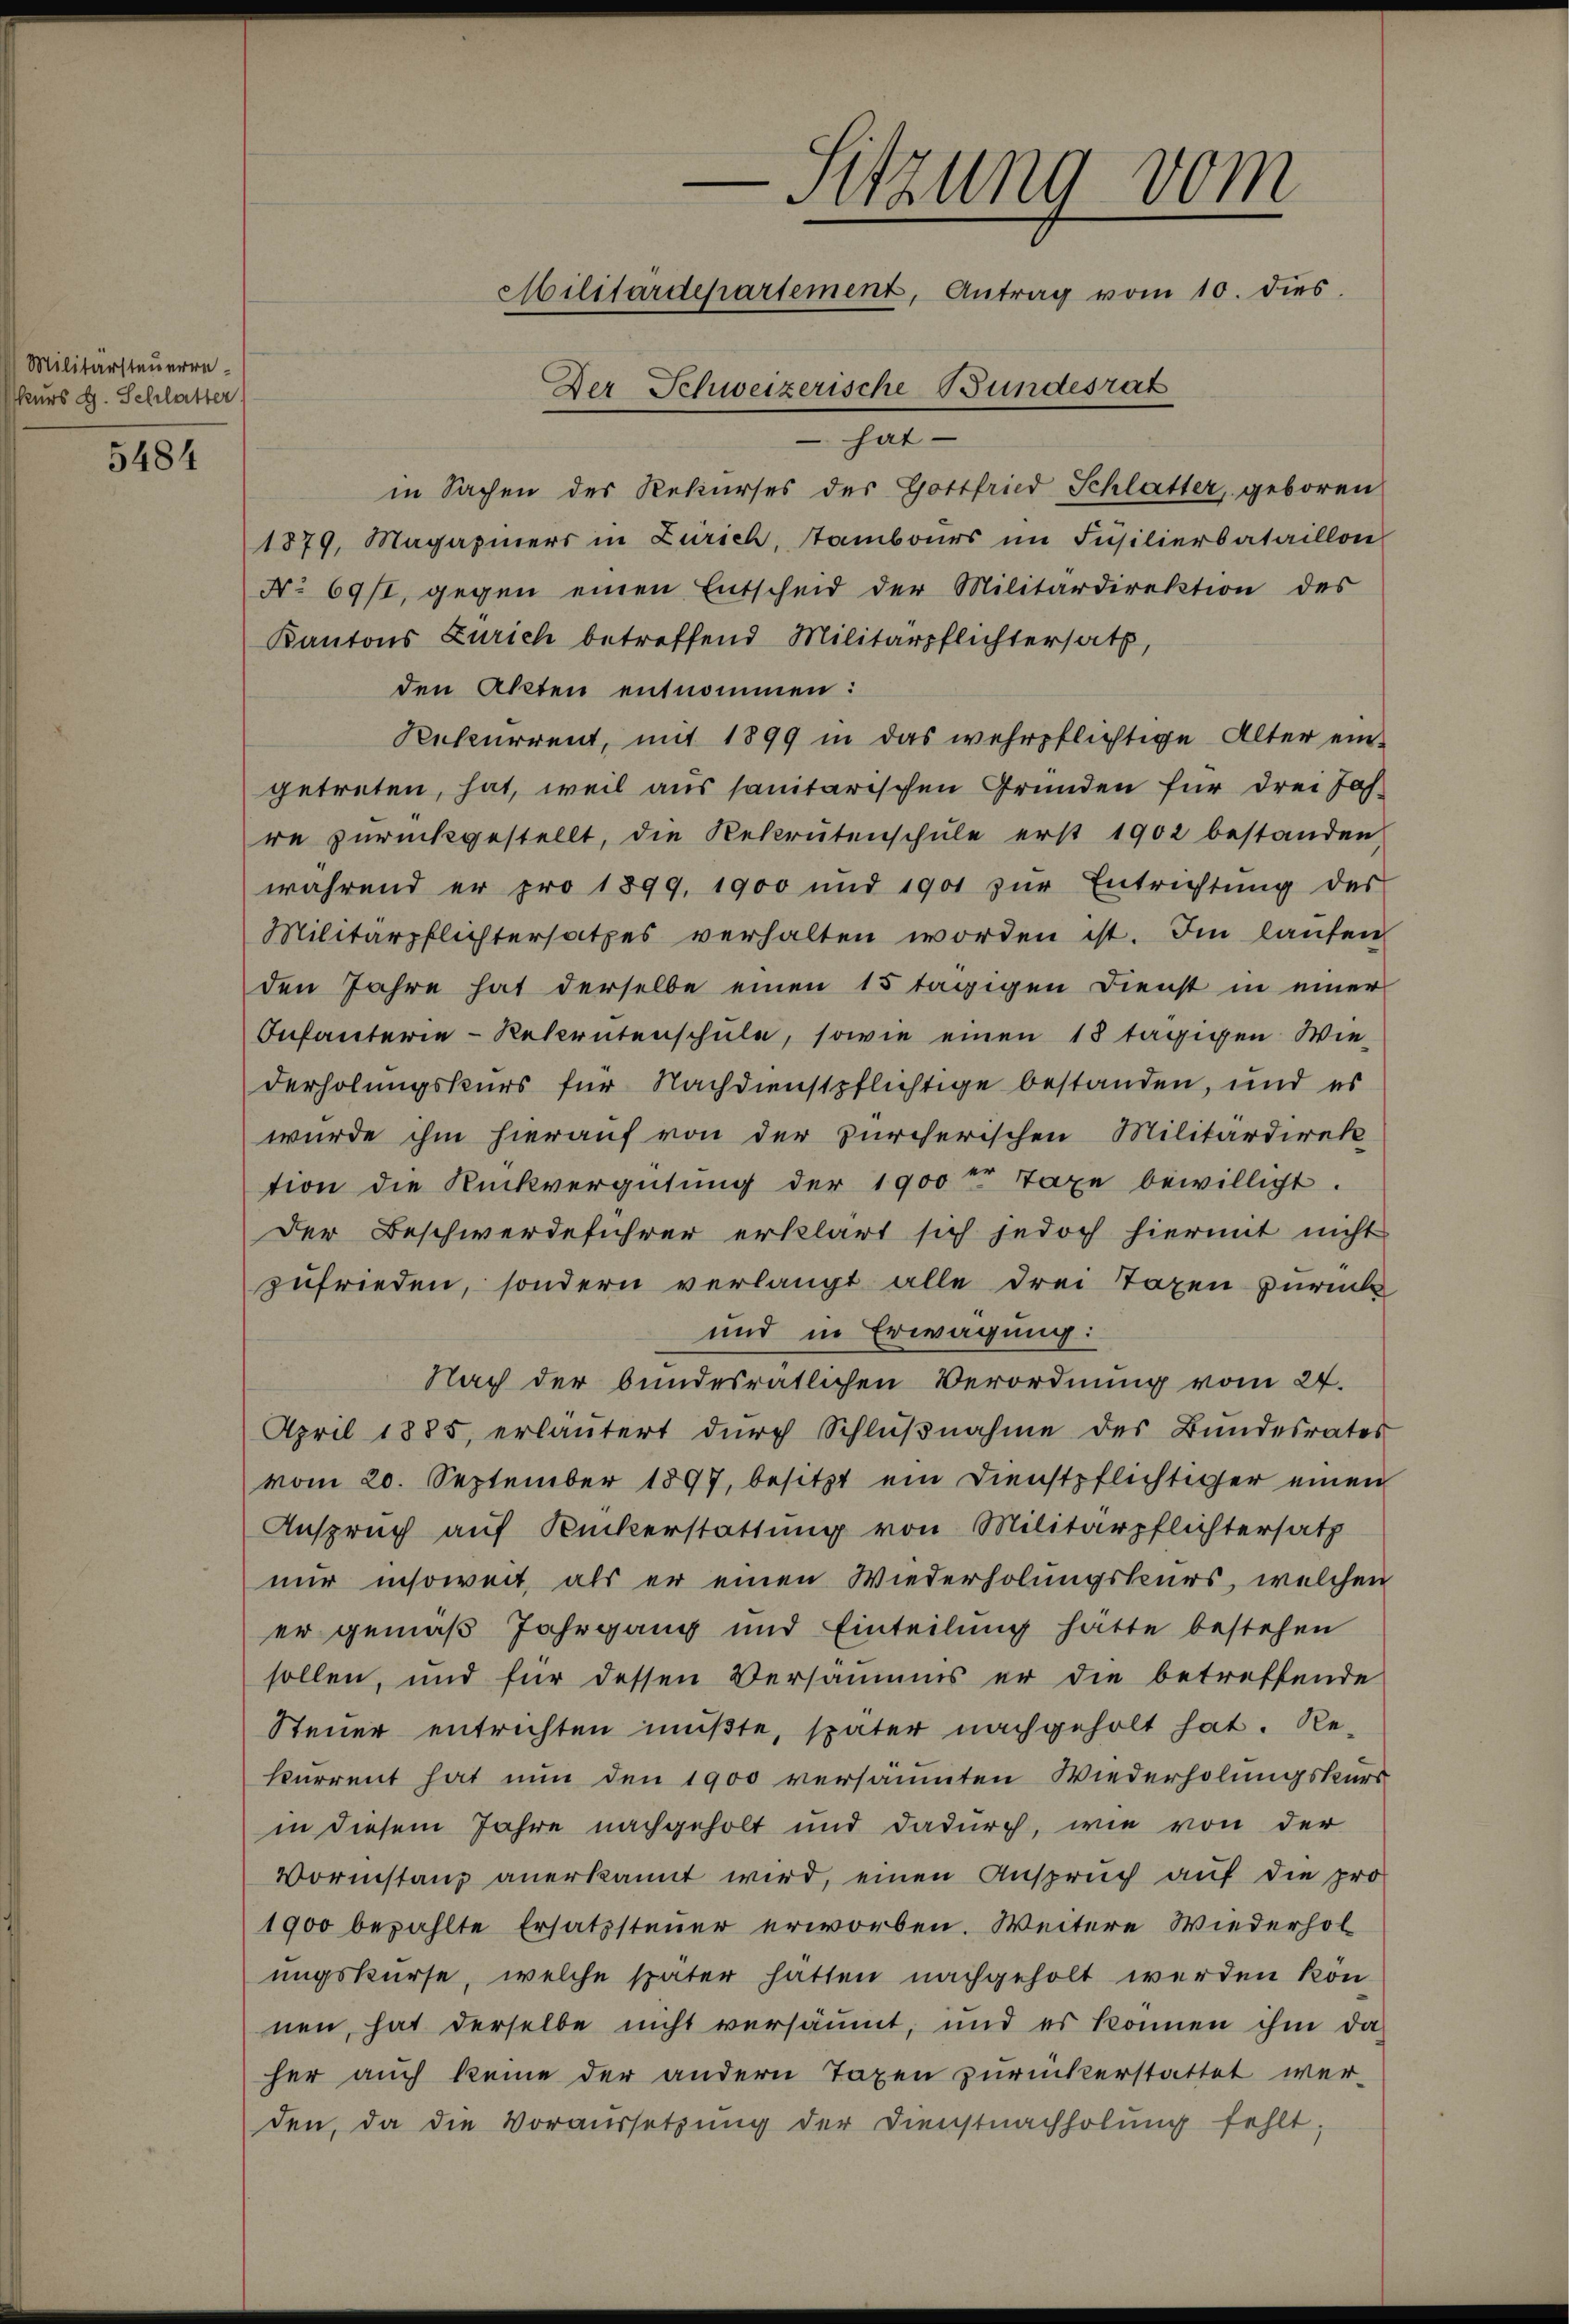
Militärsteuerrekurs d. Schlatter

5484

—Sitzung vom
Militärdepartement, Antrag vom 10. dies.
Der Schweizerische Bundesrat
 hat

in Sachen des Rekurses des Gottfried Schlatter, geboren
1879, Magaziners in Zürich, tambours im Füsilierbataillon
No 69/st, gegen einen Entscheid der Militärdirektion des
Kantons Zürich betreffend Militärpflichtersatz,
den Akten entnommen:
Rekurrent, mit 1899 in das wehrpflichtige Alter eingetreten, hat, weil aus sanitarischen Gründen für drei Jah-
re zŭrückgestellt, die Rekrutenschŭle erst 1902 bestanden,
während er pro 1899, 1900 und 1901 zŭr Entrichtŭng des
Militärpflichtersatzes verhalten worden ist. Im laufen
den Jahre hat derselbe einen 15 tägigen Dienst in einer
Infanterie-Rekrutenschule, sowie einen 18 tägigen Wie-
derholungskurs für Nachdienstpflichtige bestanden, und es
wurde ihm hierauf von der zürcherischen Militärdirek
tion die Rückvergütung der 1900t Taxe bewilligt.
der Beschwerdeführer erklärt sich jedoch hiermit nicht
zufrieden, sondern verlangt alle drei Taxen zurück
und in Erwägung:
Nach der bundesratlichen Verordnung vom 24.
April 1885, erläutert dŭrch Schlŭβnahme des Bundesrates
vom 20. September 1897, besitzt ein Dienstpflichtiger einen
Anspruch auf Ruckerstattung von Militärpflichtersatz
nur insoweit, als er einen Wiederholungskurs, welchen
er gemäß Jahrgang und Einteilung hätte bestehen
sollen, und für dessen Versammes er die betreffende
Steuer entrichten müßte, später nachgeholt hat. Re-
kurrent hat nun den 1900 versäumten Wiederholungskurs
in diesem Jahre nachgeholt und dadurch, wie von der
Wormstanz anerkannt wird, einen Anspruch auf die pro
1900 bezahlte Ersatzsteuer erworben. Weitere Wiederholungskurse, welche später hätten nachgeholt werden kön
nen, hat derselbe nicht versäumt, und es können ihm da
her auch keine der andern Taxen zurückerstattet wer-
den, da die Voraussetzung der Dienstnachholung fehlt;